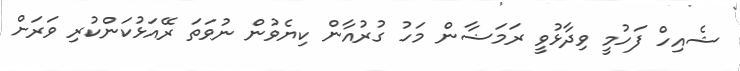
ޝެއިހް ފަހުމީ ވިދާޅުވީ ރަމަޟާން މަހު ގުރުއާން ކިޔެވުން ނުވަތަ ރޭއަޅުކަންކުރި ވަރަށް